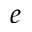
e